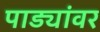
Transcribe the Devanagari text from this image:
पाड्यांवर